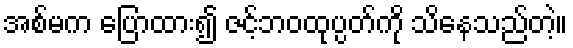
အစ်မက ပြောထား၍ ဇင့်ဘဝထုပ္ပတ်ကို သိနေသည်တဲ့။